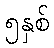
၅နှစ်